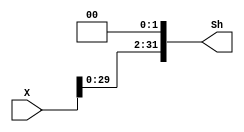
`timescale 1ns / 1ps

module SHIFTER_32_L2(X, Sh);

input   [31:0]  X;
output  [31:0]  Sh;

assign Sh = {X[29:0], 2'b00};

endmodule